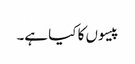
پیسوں کا کیا ہے۔